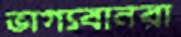
ভাগ্যবানরা